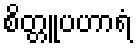
စိတ္တူပဟာရံ